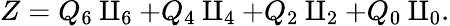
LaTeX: Z=Q_{6}\amalg_{6}+Q_{4}\amalg_{4}+Q_{2}\amalg_{2}+Q_{0}\amalg_{0}.